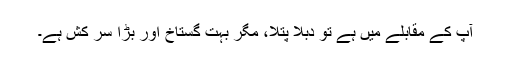
آپ کے مقابلے میں ہے تو دُبلا پتلا، مگر بہت گستاخ اور بڑا سر کش ہے۔